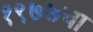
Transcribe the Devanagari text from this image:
१९७७चा